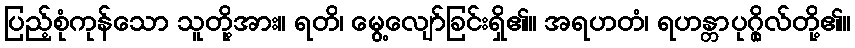
ပြည့်စုံကုန်သော သူတို့အား။ ရတိ၊ မွေ့လျော်ခြင်းရှိ၏။ အရဟတံ၊ ရဟန္တာပုဂ္ဂိုလ်တို့၏။